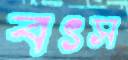
বৎস